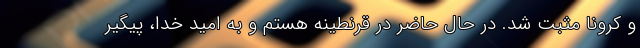
و کرونا مثبت شد. در حال حاضر در قرنطینه هستم و به امید خدا، پیگیر